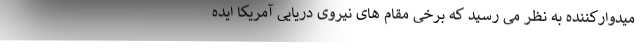
میدوارکننده به نظر می رسید که برخی مقام های نیروی دریایی آمریکا ایده